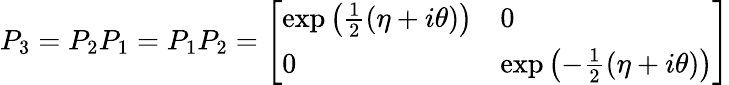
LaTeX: P_{3}=P_{2}P_{1}=P_{1}P_{2}={\left[\begin{array}{ll}{\exp\left({\frac{1}{2}}(\eta+i\theta)\right)}&{0}\\ {0}&{\exp\left(-{\frac{1}{2}}(\eta+i\theta)\right)}\end{array}\right]}